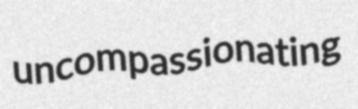
uncompassionating